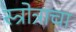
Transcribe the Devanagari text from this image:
स्त्रोत्राचा